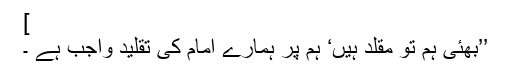
]
’’بھئی ہم تو مقلد ہیں‘ ہم پر ہمارے امام کی تقلید واجب ہے ۔